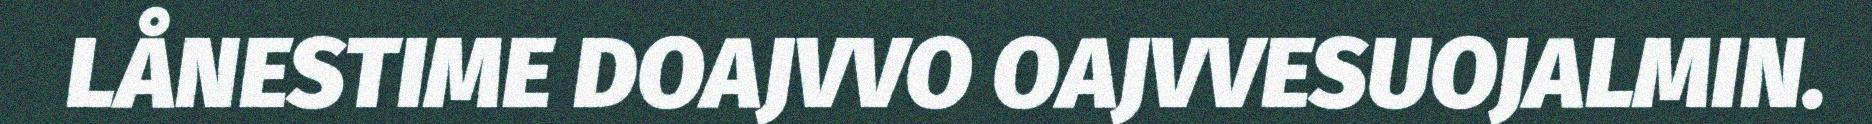
LÅNESTIME DOAJVVO OAJVVESUOJALMIN.